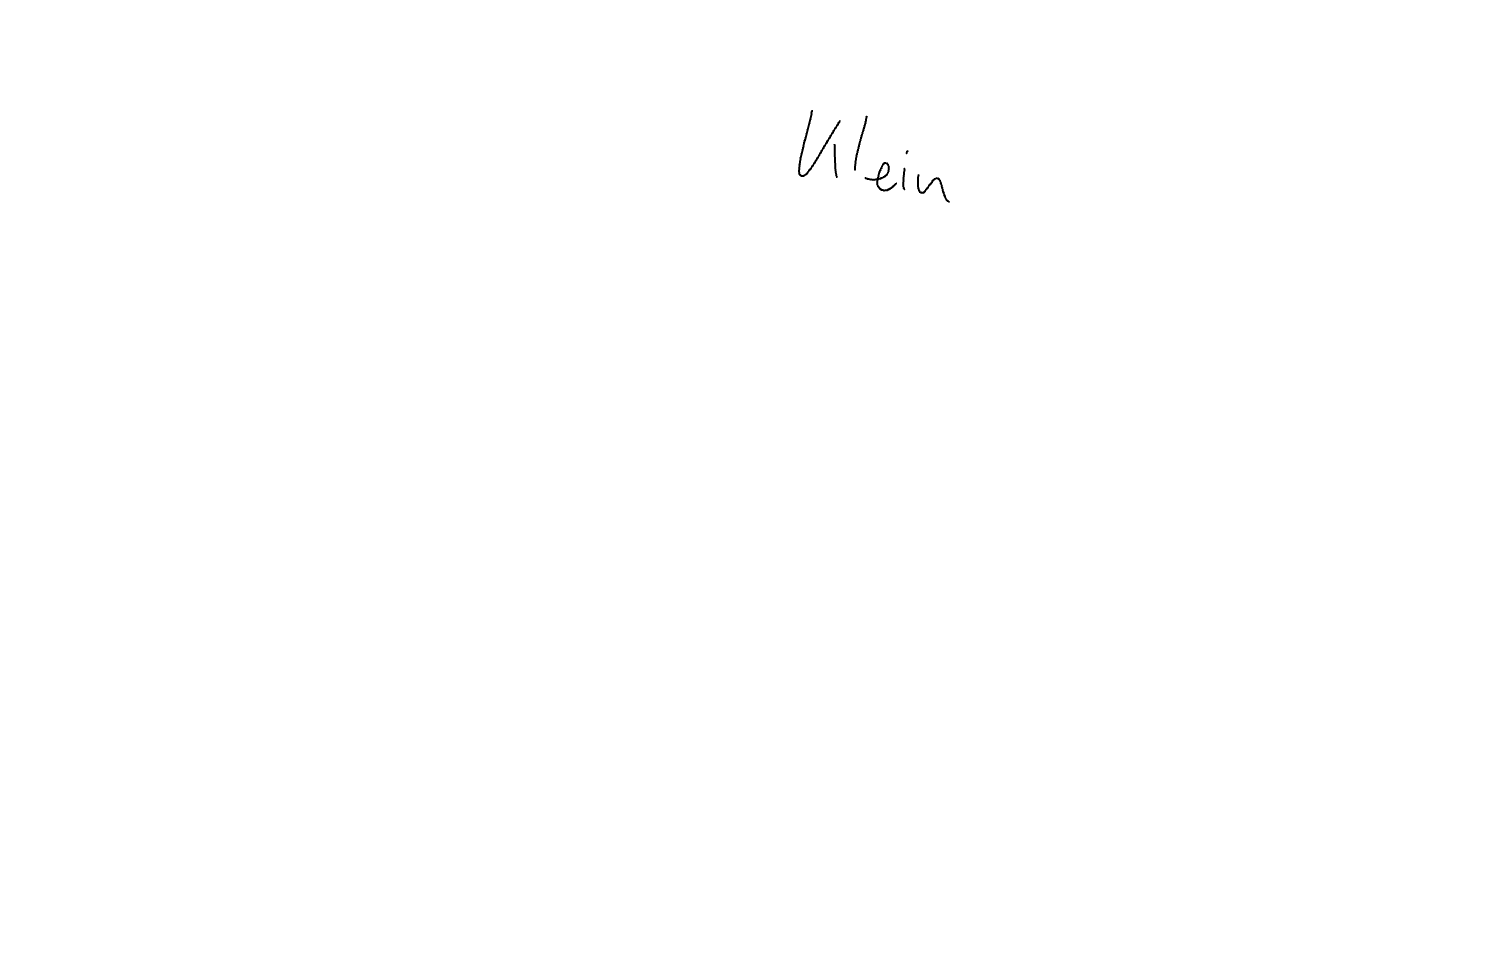
Text: Klein